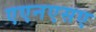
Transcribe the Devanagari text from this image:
एएनएसए